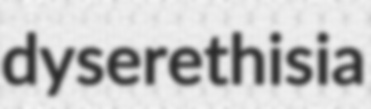
dyserethisia